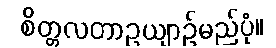
စိတ္တလတာဥယျာဉ်မည်ပုံ။